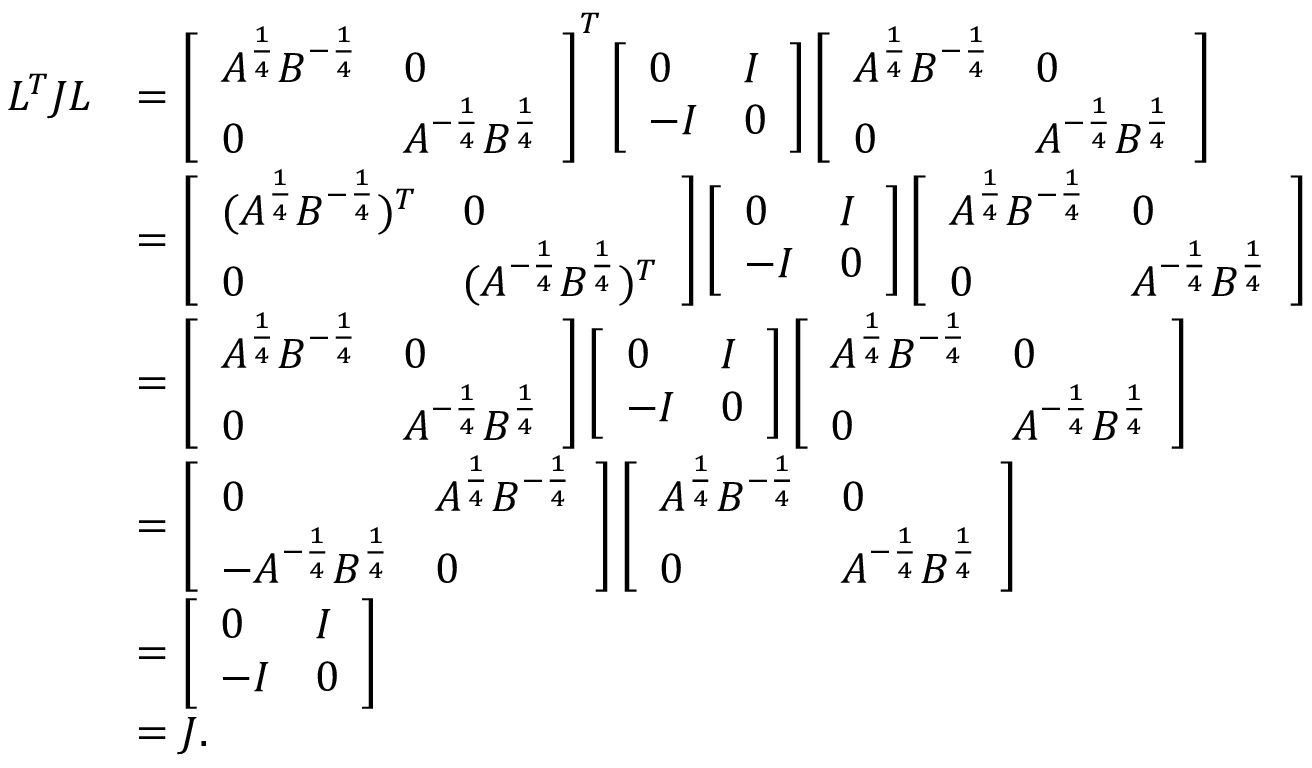
\begin{array} { r l } { L ^ { T } J L } & { = \left[ \begin{array} { l l } { A ^ { \frac { 1 } { 4 } } B ^ { - \frac { 1 } { 4 } } } & { 0 } \\ { 0 } & { A ^ { - \frac { 1 } { 4 } } B ^ { \frac { 1 } { 4 } } } \end{array} \right] ^ { T } \left[ \begin{array} { l l } { 0 } & { I } \\ { - I } & { 0 } \end{array} \right] \left[ \begin{array} { l l } { A ^ { \frac { 1 } { 4 } } B ^ { - \frac { 1 } { 4 } } } & { 0 } \\ { 0 } & { A ^ { - \frac { 1 } { 4 } } B ^ { \frac { 1 } { 4 } } } \end{array} \right] } \\ & { = \left[ \begin{array} { l l } { ( A ^ { \frac { 1 } { 4 } } B ^ { - \frac { 1 } { 4 } } ) ^ { T } } & { 0 } \\ { 0 } & { ( A ^ { - \frac { 1 } { 4 } } B ^ { \frac { 1 } { 4 } } ) ^ { T } } \end{array} \right] \left[ \begin{array} { l l } { 0 } & { I } \\ { - I } & { 0 } \end{array} \right] \left[ \begin{array} { l l } { A ^ { \frac { 1 } { 4 } } B ^ { - \frac { 1 } { 4 } } } & { 0 } \\ { 0 } & { A ^ { - \frac { 1 } { 4 } } B ^ { \frac { 1 } { 4 } } } \end{array} \right] } \\ & { = \left[ \begin{array} { l l } { A ^ { \frac { 1 } { 4 } } B ^ { - \frac { 1 } { 4 } } } & { 0 } \\ { 0 } & { A ^ { - \frac { 1 } { 4 } } B ^ { \frac { 1 } { 4 } } } \end{array} \right] \left[ \begin{array} { l l } { 0 } & { I } \\ { - I } & { 0 } \end{array} \right] \left[ \begin{array} { l l } { A ^ { \frac { 1 } { 4 } } B ^ { - \frac { 1 } { 4 } } } & { 0 } \\ { 0 } & { A ^ { - \frac { 1 } { 4 } } B ^ { \frac { 1 } { 4 } } } \end{array} \right] } \\ & { = \left[ \begin{array} { l l } { 0 } & { A ^ { \frac { 1 } { 4 } } B ^ { - \frac { 1 } { 4 } } } \\ { - A ^ { - \frac { 1 } { 4 } } B ^ { \frac { 1 } { 4 } } } & { 0 } \end{array} \right] \left[ \begin{array} { l l } { A ^ { \frac { 1 } { 4 } } B ^ { - \frac { 1 } { 4 } } } & { 0 } \\ { 0 } & { A ^ { - \frac { 1 } { 4 } } B ^ { \frac { 1 } { 4 } } } \end{array} \right] } \\ & { = \left[ \begin{array} { l l } { 0 } & { I } \\ { - I } & { 0 } \end{array} \right] } \\ & { = J . } \end{array}